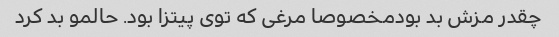
چقدر مزش بد بودمخصوصا مرغی که توی پیتزا بود. حالمو بد کرد